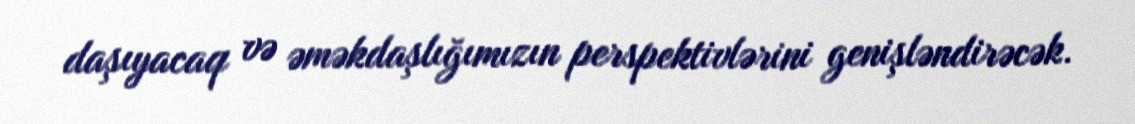
daşıyacaq və əməkdaşlığımızın perspektivlərini genişləndirəcək.